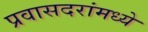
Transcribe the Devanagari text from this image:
प्रवासदरांमध्ये